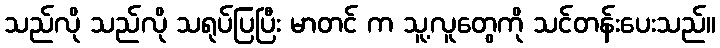
သည်လို သည်လို သရုပ်ပြပြီး မာတင် က သူ့လူတွေကို သင်တန်းပေးသည်။